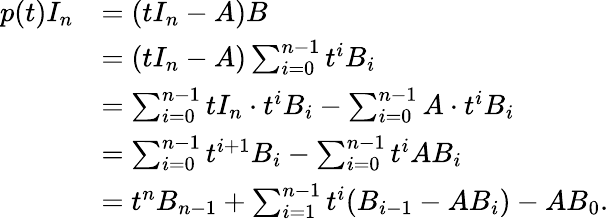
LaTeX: {\begin{array}{rl}{p(t)I_{n}}&{=(tI_{n}-A)B}\\ &{=(tI_{n}-A)\sum_{i=0}^{n-1}t^{i}B_{i}}\\ &{=\sum_{i=0}^{n-1}tI_{n}\cdot t^{i}B_{i}-\sum_{i=0}^{n-1}A\cdot t^{i}B_{i}}\\ &{=\sum_{i=0}^{n-1}t^{i+1}B_{i}-\sum_{i=0}^{n-1}t^{i}AB_{i}}\\ &{=t^{n}B_{n-1}+\sum_{i=1}^{n-1}t^{i}(B_{i-1}-AB_{i})-AB_{0}.}\end{array}}